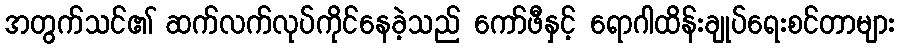
အတွက်သင်၏ ဆက်လက်လုပ်ကိုင်နေခဲ့သည် ကော်ဖီနှင့် ရောဂါထိန်းချုပ်ရေးစင်တာများ